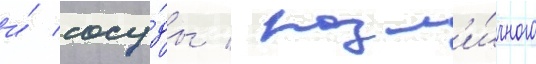
и́ сосу́ды / разл'и́чного